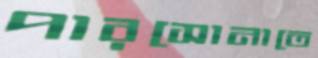
পারসোনাতে